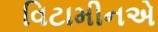
વિટામીનએ